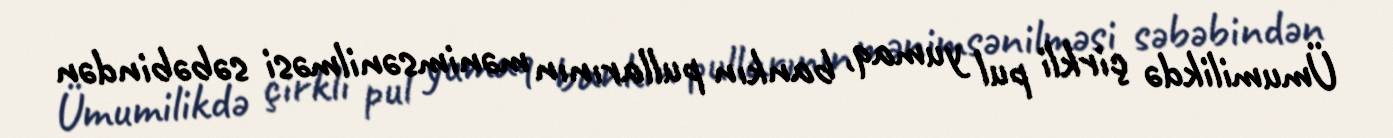
Ümumilikdə çirkli pul yumaq, bankın pullarının mənimsənilməsi səbəbindən